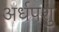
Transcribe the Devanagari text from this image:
अर्धपशु